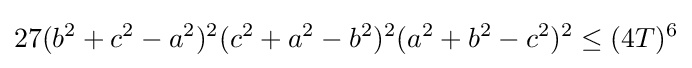
27(b^{2}+c^{2}-a^{2})^{2}(c^{2}+a^{2}-b^{2})^{2}(a^{2}+b^{2}-c^{2})^{2}\leq (4T)^{6}